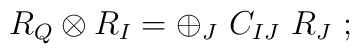
R_Q \otimes R_I = \oplus_{J}\ C_{IJ}\  R_J\ ;